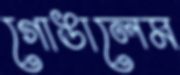
গোঙালেম